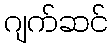
ဂျက်ဆင်